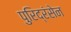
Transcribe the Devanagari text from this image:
पुरिद्रंसेन